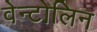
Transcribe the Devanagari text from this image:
वेन्टोलिन